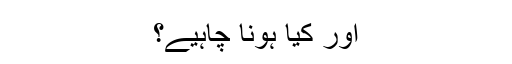
اور کیا ہونا چاہیے؟